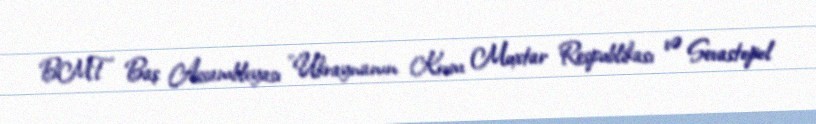
BMT Baş Assambleyası "Ukraynanın Krım Muxtar Respublikası və Sevastopol